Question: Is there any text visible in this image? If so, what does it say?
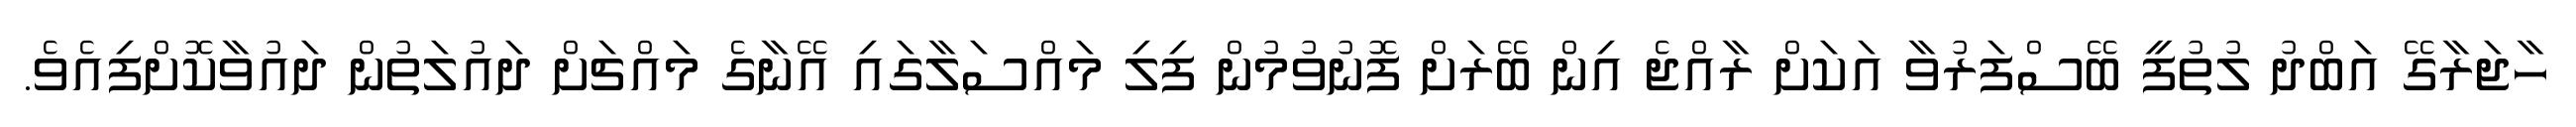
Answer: ހާޖަރާގޭ އަބްދު ލުތުފީ ބޭސްފަރުވާ އަކަށް ރާއްޖެ އިން ބޭރަށް ފޮނުވުމުން ފިލި މައްސަލާގައި އޭނާގެ މައްޗަށް ދައުލަތުން ދައުވާކޮށްފިއެވެ.